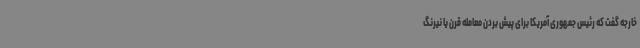
خارجه گفت که رئیس جمهوری آمریکا برای پیش بردن معامله قرن یا نیرنگ